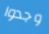
وجدوا